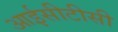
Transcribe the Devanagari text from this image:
आईसीटीसी